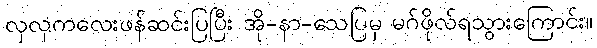
လှလှကလေးဖန်ဆင်းပြပြီး အို-နာ-သေပြမှ မဂ်ဖိုလ်ရသွားကြောင်း။